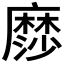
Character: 𮮋